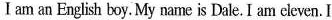
I am an English boy. My name is Dale. I am cleven. I